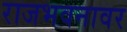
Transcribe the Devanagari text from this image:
राजभवनावर